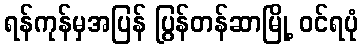
ရန်ကုန်မှအပြန် ပြွန်တန်ဆာမြို့ ဝင်ရပုံ